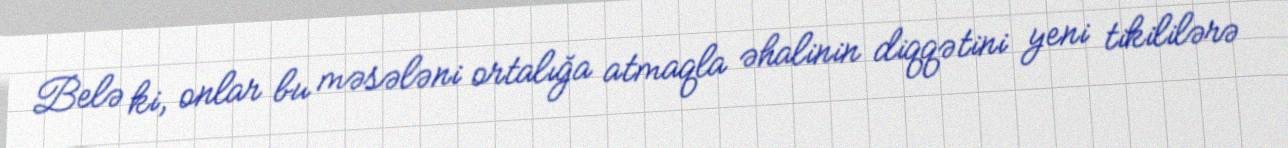
Belə ki, onlar bu məsələni ortalığa atmaqla əhalinin diqqətini yeni tikililərə